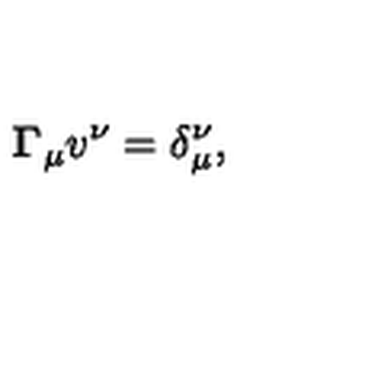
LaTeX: { \bf \Gamma } _ { \mu } v ^ { \nu } = \delta _ { \mu } ^ { \nu } ,